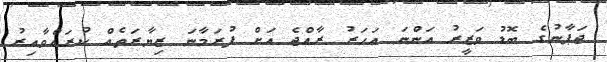
ޖަޕާނުގެ ބޮޑު ވަޒީރު އަންނަ އަހަރު ރާއްޖެ އަށް ފުރަމާނަ ޒިޔާރަތެއް ކުރައްވާއިރު